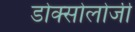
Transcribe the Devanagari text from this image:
डोक्सोलोजी